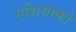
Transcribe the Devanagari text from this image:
एशियाको